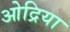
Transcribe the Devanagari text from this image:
ओद्रिया